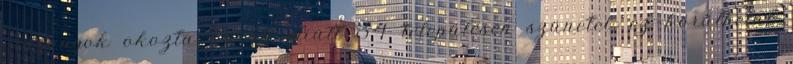
viszonyok okozta károk miatt 34 településen szünetel, ez körülbelül